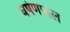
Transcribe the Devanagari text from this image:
घर्षणपाल